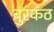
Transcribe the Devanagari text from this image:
बुरकठ